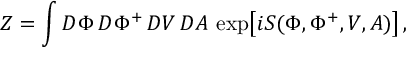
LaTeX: { \cal Z } = \int { \cal D } \Phi \, { \cal D } \Phi ^ { + } \, { \cal D } V \, { \cal D } A \, \, \mathrm { e x p } \big [ i { \cal S } ( \Phi , \Phi ^ { + } , V , A ) \big ] \, ,